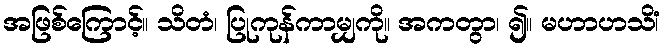
အဖြစ်ကြောင့်။ သိတံ၊ ပြုကုန်ကာမျှကို။ အကတွာ၊ ၍။ မဟာဟသိံ၊